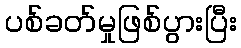
ပစ်ခတ်မှုဖြစ်ပွားပြီး